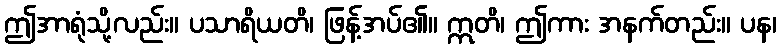
ဤအာရုံသို့လည်း။ ပသာရိယတိ၊ ဖြန့်အပ်၏။ ဣတိ၊ ဤကား အနက်တည်း။ ပန၊